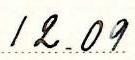
12.09